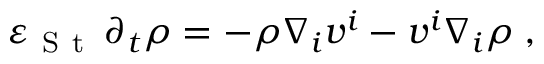
{ \varepsilon } _ { \mathrm { ~ S ~ t ~ } } \, \partial _ { t } { \rho } = - \rho \nabla _ { i } v ^ { i } - v ^ { i } \nabla _ { i } \rho \; ,